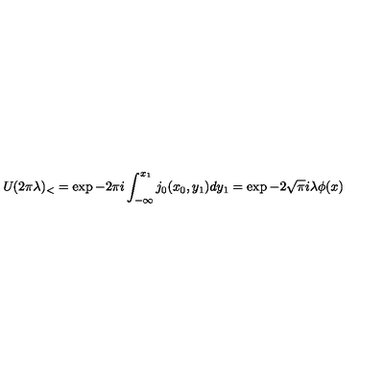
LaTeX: U _ { { } } ( 2 \pi \lambda ) _ { < } = \exp - 2 \pi i \int _ { - \infty } ^ { x _ { 1 } } j _ { 0 } ( x _ { 0 } , y _ { 1 } ) d y _ { 1 } = \exp - 2 \sqrt { \pi } i \lambda \phi ( x )